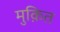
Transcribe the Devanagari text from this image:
मुक़ित